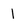
Character: I